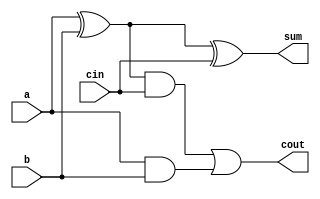
module FA( 
    input a, b, cin,
    output cout, sum 
);
    
    wire w=a^b;
	
    assign sum  = w ^ cin;
	assign cout = (w & cin) | (a & b);
	
endmodule

//main_module
module top_module( 
    input [2:0] a, b,
    input cin,
    output [2:0] cout,
    output [2:0] sum 
);
	
    FA FA0(a[0],b[0],cin,cout[0],sum[0]);
    FA FA1(a[1],b[1],cout[0],cout[1],sum[1]);
    FA FA2(a[2],b[2],cout[1],cout[2],sum[2]);
    
endmodule